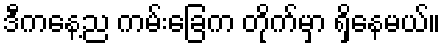
ဒီကနေ့ည ကမ်းခြေက တိုက်မှာ ရှိနေမယ်။